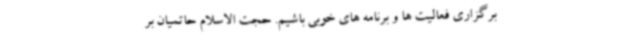
برگزاری فعالیت ها و برنامه های خوبی باشیم. حجت الاسلام حاتمیان بر